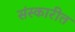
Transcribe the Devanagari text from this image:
संस्कारीत